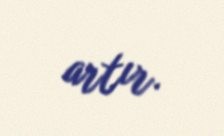
artır.